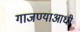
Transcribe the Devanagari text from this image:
गाजण्याआधी